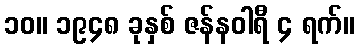
၁၀။ ၁၉၄၈ ခုနှစ် ဇန်နဝါရီ ၄ ရက်။